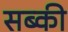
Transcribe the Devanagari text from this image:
सब्की